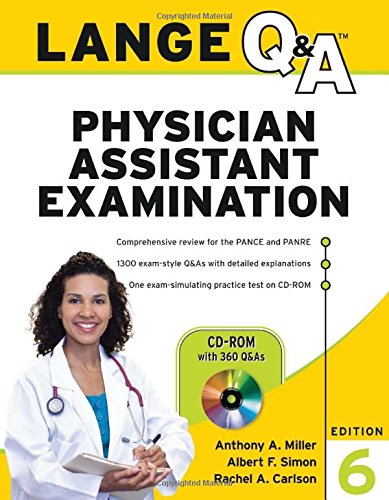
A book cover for Lange Q&A Physician Assistant Examination, Sixth Edition; Anthony Miller; Test Preparation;